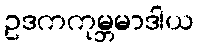
ဥဒကကုမ္ဘမာဒါယ